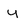
Character: y